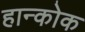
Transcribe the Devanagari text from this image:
हान्कोक